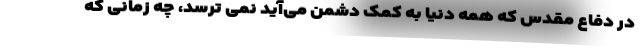
در دفاع مقدس که همه دنیا به کمک دشمن می‌آید نمی ترسد، چه زمانی که